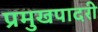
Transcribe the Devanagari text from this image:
प्रमुखपादरी